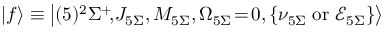
\left| f \right> \equiv \left| ( 5 ) ^ { 2 } \Sigma ^ { + } \! , \! J _ { 5 \Sigma } , M _ { 5 \Sigma } , \Omega _ { 5 \Sigma } \! = \! 0 , \left\{ \nu _ { 5 \Sigma } \mathrm { \; o r \; } \mathcal { E } _ { 5 \Sigma } \right\} \right>